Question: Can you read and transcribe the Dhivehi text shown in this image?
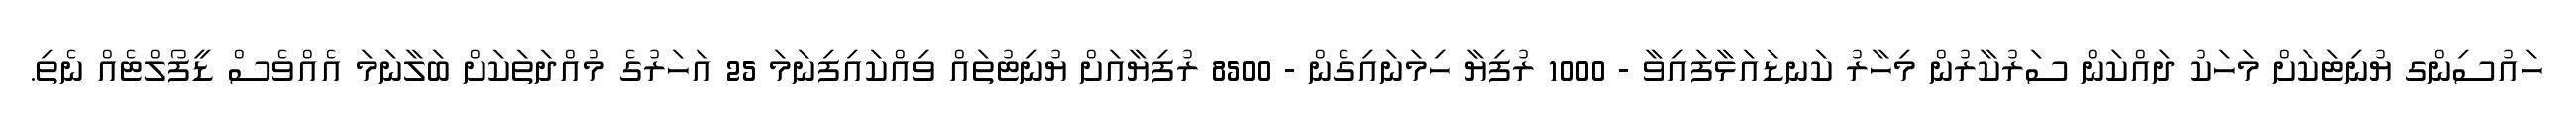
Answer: ހައުސިންގ ޔުނިޓަކަށް މަހަކު ދައްކަން ސަރުކާރުން މިހާރު ކަނޑައަޅާފައިވާ - 1000 ރުފިޔާ ހިމަނައިގެން - 8500 ރުފިޔާއަށް ޔުނިޓުތައް ވިއްކައިފިނަމަ 25 އަހަރުގެ މުއްދަތަކަށް ބަލާނަމަ އެއްވެސް ޑީފޯލްޓެއް ނެތި.